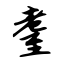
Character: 耋